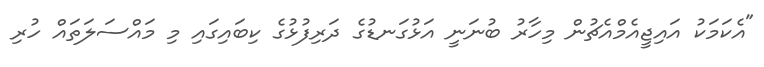
"އެކަމަކު އައިޖީއެމްއެޗުން މިހާރު ބުނަނީ އަޅުގަނޑުގެ ދަރިފުޅުގެ ކިބައިގައި މި މައްސަލަތައް ހުރި